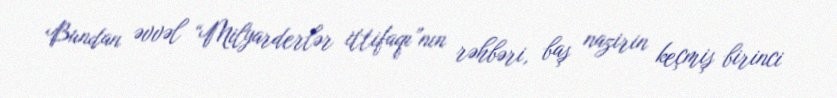
Bundan əvvəl “Milyarderlər ittifaqı”nın rəhbəri, baş nazirin keçmiş birinci